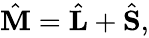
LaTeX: \begin{array}{r}{\hat{\mathbf M}=\hat{\mathbf L}+\hat{\mathbf S},}\end{array}